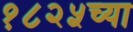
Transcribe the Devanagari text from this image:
१८२५च्या